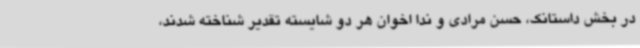
در بخش داستانک، حسن مرادی و ندا اخوان هر دو شایسته تقدیر شناخته شدند،